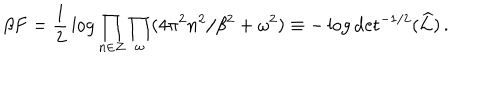
LaTeX: \beta F = { \frac { 1 } { 2 } } \log \prod _ { n \in Z } \prod _ { \omega } ( 4 \pi ^ { 2 } n ^ { 2 } / \beta ^ { 2 } + \omega ^ { 2 } ) \equiv - \log \mathrm { d e t } ^ { - 1 / 2 } ( \widehat { \cal L } ) \, .